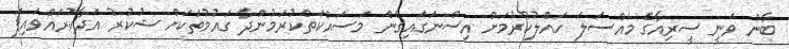
ބާން ވަނީ ސީރިއާގެ މައްސަލަ ހައްލުކުރުމަށް އިސްނަގައިގެން މަސައްކަތްކުރަމުންދާ ގައުމުތަކަށް ޝުކުރު އަދާކުރައްވައިފަ